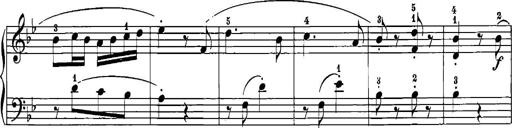
Title: 12 Sonatinas
Composer: Ignaz Pleyel